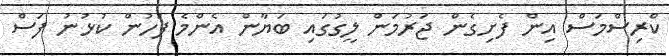
ކްރިސްމަސް އިން ފެށިގެން ޖަރުމަން ލީގުގައި ބަޔާން އެންމެ ފަހުން ކުޅުނު ފަސް